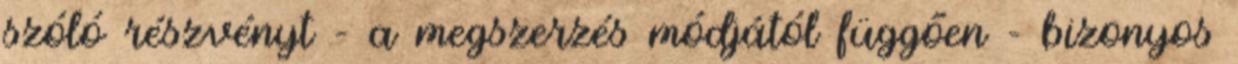
szóló részvényt - a megszerzés módjától függően - bizonyos